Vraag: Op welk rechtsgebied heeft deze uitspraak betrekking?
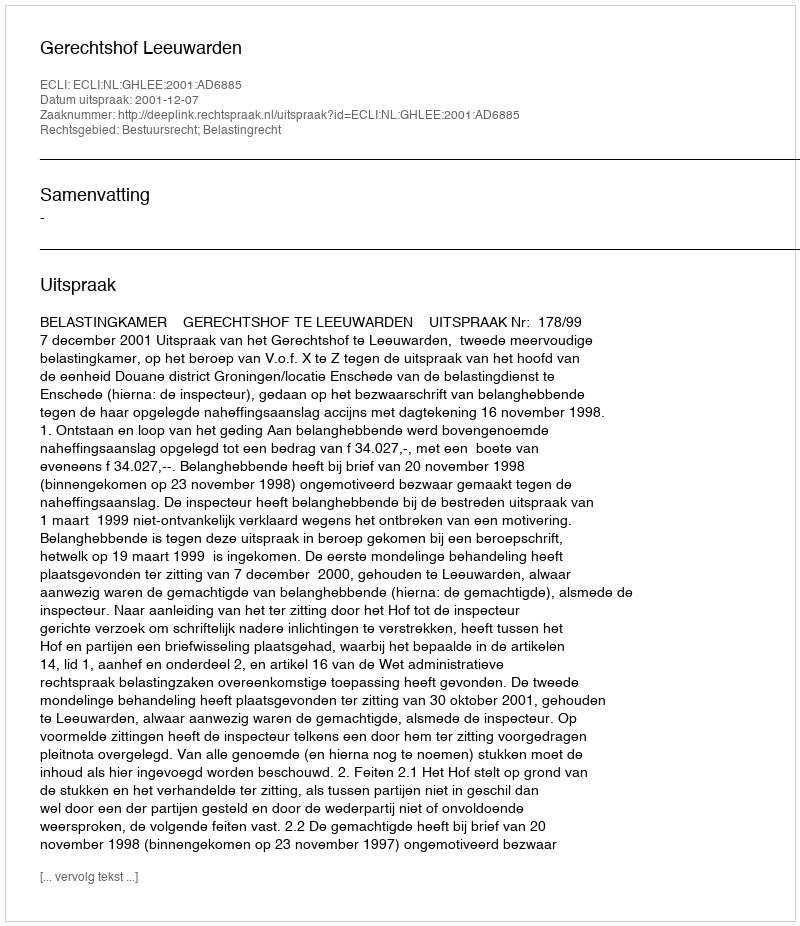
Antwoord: Bestuursrecht; Belastingrecht